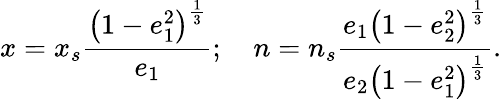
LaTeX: x=x_{s}\displaystyle\frac{\left(1-e_{1}^{2}\right)^{\frac{1}{3}}}{e_{1}};\quad n=n_{s}\frac{e_{1}\left(1-e_{2}^{2}\right)^{\frac{1}{3}}}{e_{2}\left(1-e_{1}^{2}\right)^{\frac{1}{3}}}.